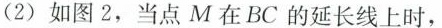
(2 如图2，当点M在BC的延长线上时，